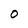
Character: 0